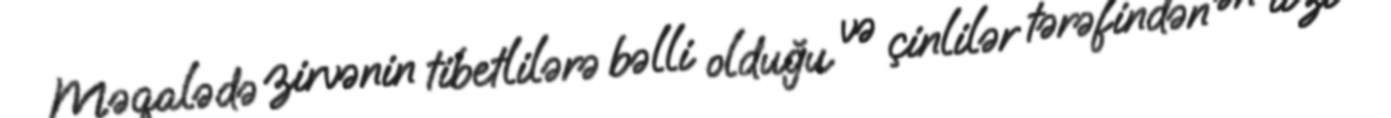
Məqalədə zirvənin tibetlilərə bəlli olduğu və çinlilər tərəfindən ən azı